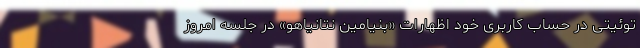
توئیتی در حساب کاربری خود اظهارات «بنیامین نتانیاهو» در جلسه امروز